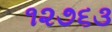
૧૨૭૬૩